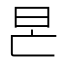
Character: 𣅖